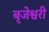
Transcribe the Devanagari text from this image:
बृजेश्वरी